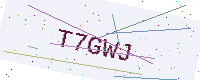
Text: T7GWJ